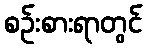
စဉ်းစားရာတွင်